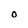
Character: O